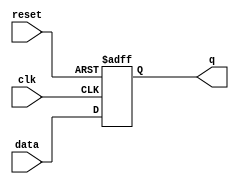
module dff_async_reset(data,clk,reset,q);
  input data,clk,reset;
  output q;
  reg q;
  
  always @(posedge clk or negedge reset)
   begin
     if(~reset)
       begin
         q<= 1'b0;
       end
   else
     begin
       q<=data;
    end
end
endmodule